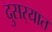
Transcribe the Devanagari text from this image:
दुसर्‍यात